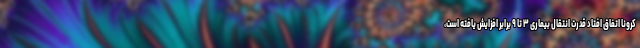
کرونا اتفاق افتاد قدرت انتقال بیماری ۳ تا ۹ برابر افزایش یافته است،